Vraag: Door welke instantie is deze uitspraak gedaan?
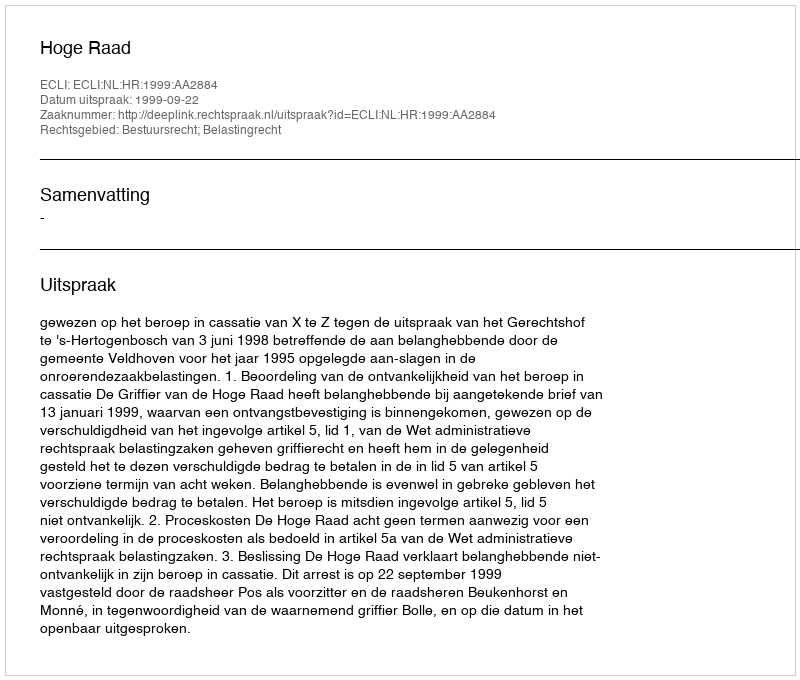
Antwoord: Hoge Raad